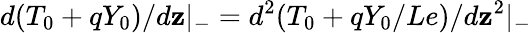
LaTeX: d(T_{0}+qY_{0})/d\mathbf{z}|_{-}=d^{2}(T_{0}+qY_{0}/Le)/d\mathbf{z}^{2}|_{-}